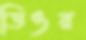
ডিওর